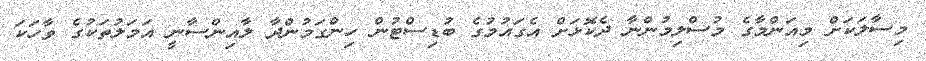
މިސާލަކަށް މިއަންމާގެ މުސްލިމުންނާ ދެކޮޅަށް އެގައުމުގެ ބުޑިސްޓުން ހިންގަމުންދާ ލާއިންސާނީ އަމަލުތަކުގެ ވާހަކަ